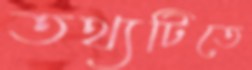
তথ্যটিতে